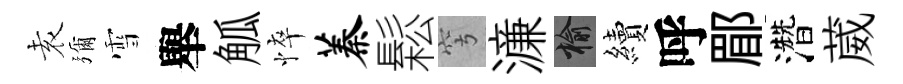
𡊮彌雪舉觚悴蓁鬆穹濓榆續呼郿濳葳